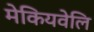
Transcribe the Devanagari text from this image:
मेकियवेलि